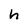
Character: h